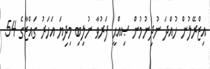
އިޒްރޭލުން ހުއްދަ ނުދިނުމުން ޞިއްޙީ ފަރުވާ ނުލިބި މިދިޔަ އަހަރު ގައްޒާގެ 54